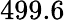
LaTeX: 499.6